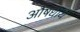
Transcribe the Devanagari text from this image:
अौषधीय